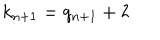
k _ { n + 1 } = q _ { n + 1 } + 2